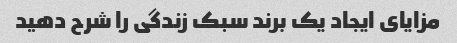
مزایای ایجاد یک برند سبک زندگی را شرح دهید